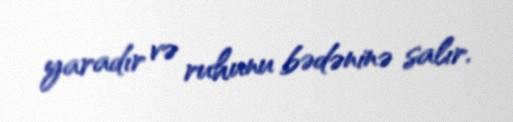
yaradır və ruhunu bədəninə salır.